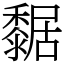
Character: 䵕